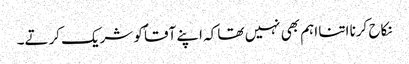
نکاح کرنا اتنا اہم بھی نہیں تھا کہ اپنے آقاؐ کو شریک کرتے۔